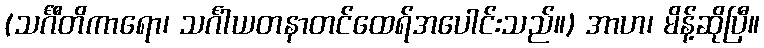
(သင်္ဂီတိကာရော၊ သင်္ဂါယတနာတင်ထေရ်အပေါင်းသည်။) အာဟ၊ မိန့်ဆိုပြီ။